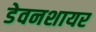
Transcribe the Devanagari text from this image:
डेवनशायर